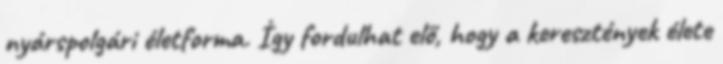
nyárspolgári életforma. Így fordulhat elő, hogy a keresztények élete